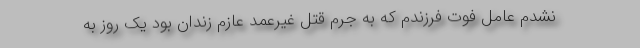
نشدم عامل فوت فرزندم که به جرم قتل غیرعمد عازم زندان بود یک روز به